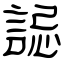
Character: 誋